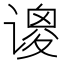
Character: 𫍺